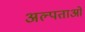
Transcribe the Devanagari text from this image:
अल्पताओं